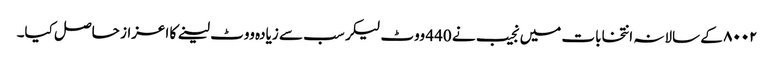
۸۰۰۲ کے سالانہ انتخابات میں نجیب نے 440 ووٹ لیکر سب سے زیادہ ووٹ لینے کا اعزاز حاصل کیا۔